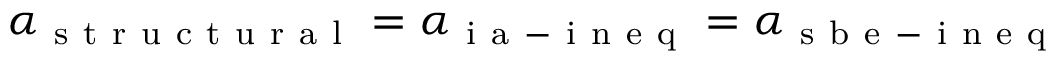
\alpha _ { \mathrm { ~ s ~ t ~ r ~ u ~ c ~ t ~ u ~ r ~ a ~ l ~ } } = \alpha _ { \mathrm { ~ i ~ a ~ - ~ i ~ n ~ e ~ q ~ } } = \alpha _ { \mathrm { ~ s ~ b ~ e ~ - ~ i ~ n ~ e ~ q ~ } }